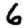
Digit: 6